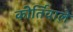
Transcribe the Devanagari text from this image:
कीर्तिवाले